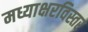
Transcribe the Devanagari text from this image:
मध्याक्षरविस्तर